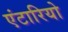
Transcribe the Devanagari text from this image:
एंटारियो